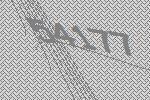
54177